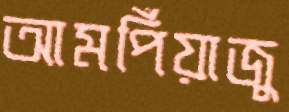
আমপিঁয়াজু